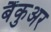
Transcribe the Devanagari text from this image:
बैंकुअर